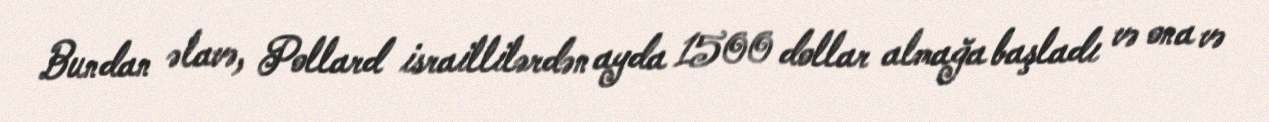
Bundan əlavə, Pollard israillilərdən ayda 1500 dollar almağa başladı və ona və